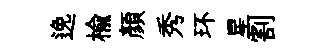
𨓜榆顔秀环星割